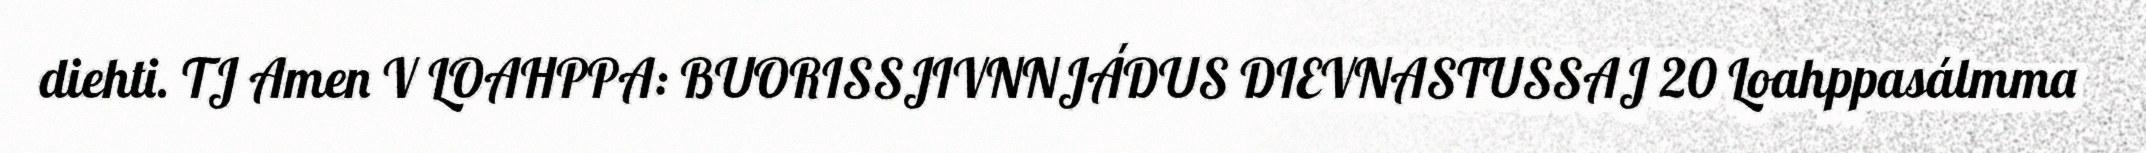
diehti. TJ Amen V LOAHPPA: BUORISSJIVNNJÁDUS DIEVNASTUSSAJ 20 Loahppasálmma